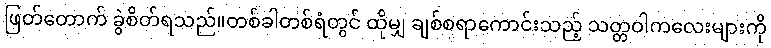
ဖြတ်တောက် ခွဲစိတ်ရသည်။တစ်ခါတစ်ရံတွင် ထိုမျှ ချစ်စရာကောင်းသည့် သတ္တဝါကလေးများကို